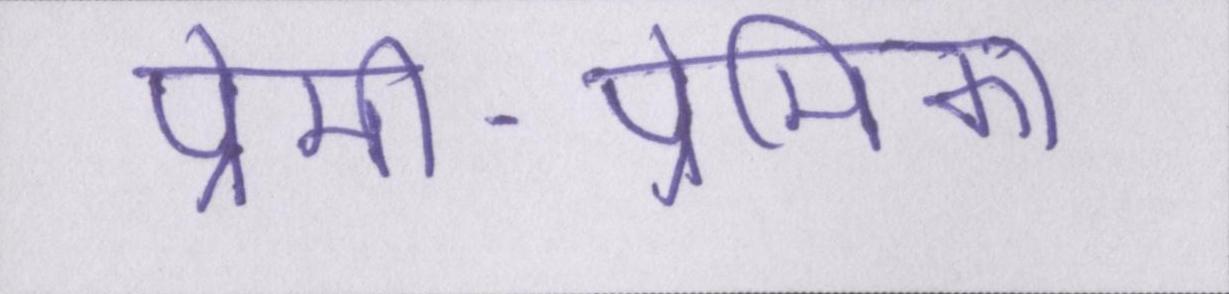
प्रेमी-प्रेमिका